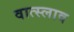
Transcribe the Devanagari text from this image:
वात्स्लाव